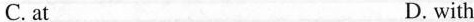
C. at D. with